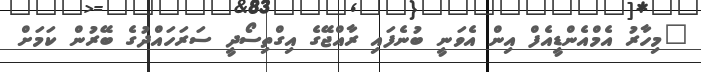
"މިހާރު އެމްއެންޑީއެފް އިން އެވަނީ ބުނެފައި ރާއްޖޭގެ އިގްތިސޯދީ ސަރަހައްދުގެ ބޭރުން ކަމަށް